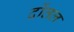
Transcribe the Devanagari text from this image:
दोंतल